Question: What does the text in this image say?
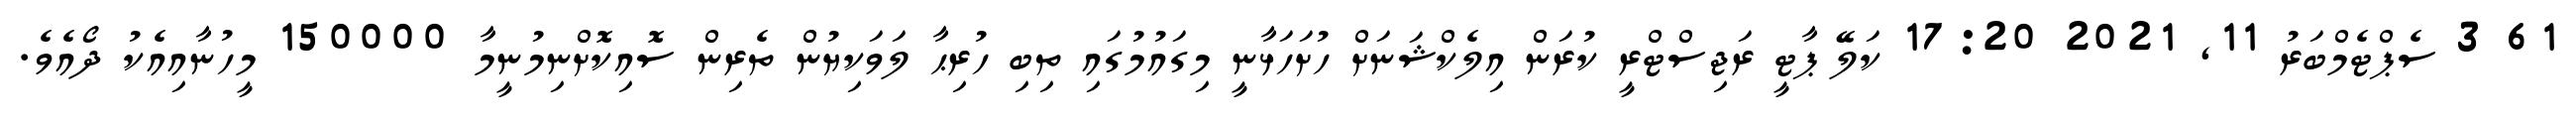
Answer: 61 3 ސެޕްޓެމްބަރު 11, 2021 17:20 ކަލޭ ޕާޓީ ރަޖިސްޓްރީ ކުރަން އިލެކްޝަނަށް ހުށަހަޅާނީ މިގައުމުގައި ތިބި ހުރިޙާ ލަވަކިޔުން ތެރިން ސޮއިކޮށްނިމުނީމާ 150000 މީހުނާއިއެކު ދޯއެވެ.